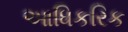
આધિકરિક